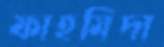
ফাহমিদা